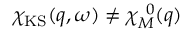
\chi _ { \mathrm { K S } } ( q , \omega ) \neq \chi _ { M } ^ { ~ 0 } ( q )